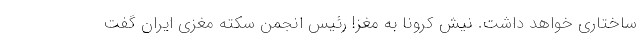
ساختاری خواهد داشت. نیش کرونا به مغز! رئیس انجمن سکته مغزی ایران گفت